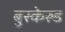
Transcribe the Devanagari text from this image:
बुस्केरुड